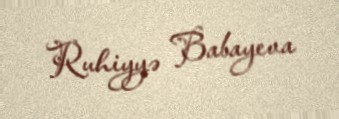
Ruhiyyə Babayeva